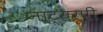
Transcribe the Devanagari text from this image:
नाट्यरूपी